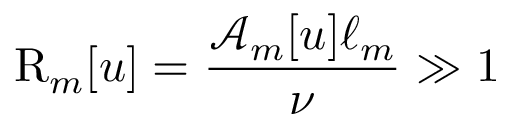
\mathrm { R } _ { m } [ u ] = \frac { \mathcal { A } _ { m } [ u ] \ell _ { m } } { \nu } \gg 1